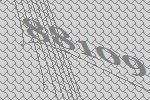
88109